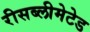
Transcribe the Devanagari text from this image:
रीसब्लीमेटेड